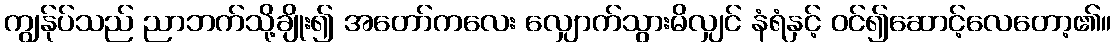
ကျွန်ုပ်သည် ညာဘက်သို့ချိုး၍ အတော်ကလေး လျှောက်သွားမိလျှင် နံရံနှင့် ဝင်၍ဆောင့်လေတော့၏။